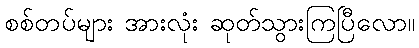
စစ်တပ်များ အားလုံး ဆုတ်သွားကြပြီလော။